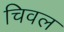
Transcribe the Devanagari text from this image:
चिवल